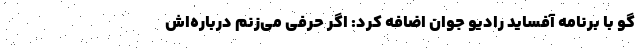
گو با برنامه آفساید رادیو جوان اضافه کرد: اگر حرفی می‌زنم درباره‌اش